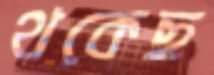
থকেছ